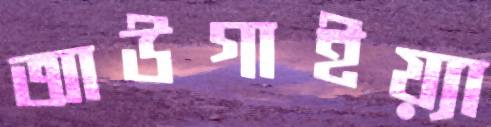
আউগাইয়্যা